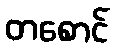
တစောင်